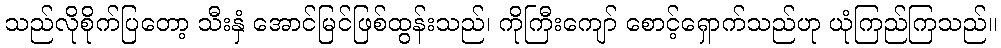
သည်လိုစိုက်ပြတော့ သီးနှံ အောင်မြင်ဖြစ်ထွန်းသည်၊ ကိုကြီးကျော် စောင့်ရှောက်သည်ဟု ယုံကြည်ကြသည်။